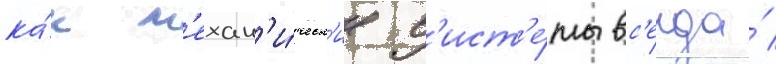
ка́к м'ехан'и́ческ'ие с'ист'е́мы вс'егда́